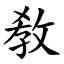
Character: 敎